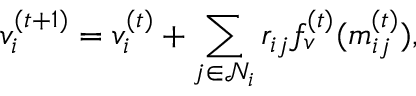
{ v } _ { i } ^ { ( t + 1 ) } = { v } _ { i } ^ { ( t ) } + \sum _ { j \in \mathcal { N } _ { i } } { r } _ { i j } f _ { v } ^ { ( t ) } ( { m } _ { i j } ^ { ( t ) } ) ,